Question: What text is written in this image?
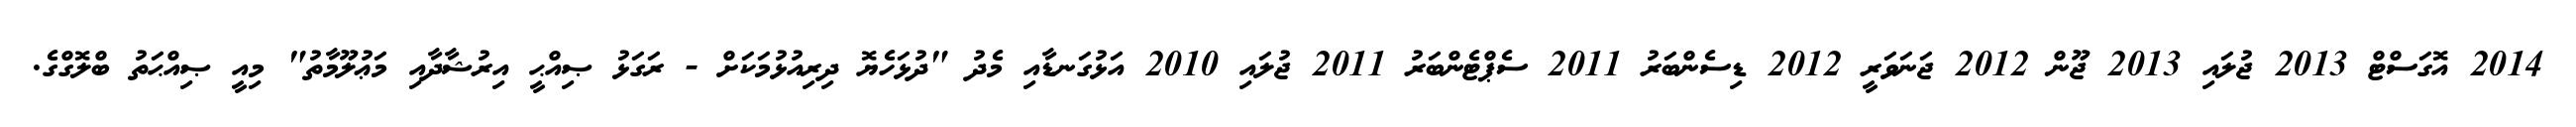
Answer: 2014 އޮގަސްޓް 2013 ޖުލައި 2013 ޖޫން 2012 ޖަނަވަރީ 2012 ޑިސެންބަރު 2011 ސެޕްޓެންބަރު 2011 ޖުލައި 2010 އަޅުގަނޑާއި މެދު "ދުޅަހެޔޮ ދިރިއުޅުމަކަށް - ރަގަޅު ޞިއްޙީ އިރުޝާދާއި މަޢުލޫމާތު" މިއީ ޞިއްޙަތު ބްލޮގްގެ.